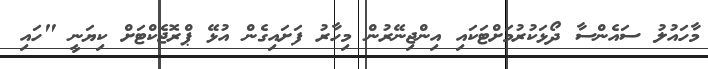
މާހައުލު ސައެންސާ ދޯޅަކުރުމަށްޓަކައި އިންޖިނޭރުން މިހާރު ފަށައިގެން އުޅޭ ޕްރޮޖެކްޓަށް ކިޔަނީ "ހައި